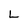
Character: L